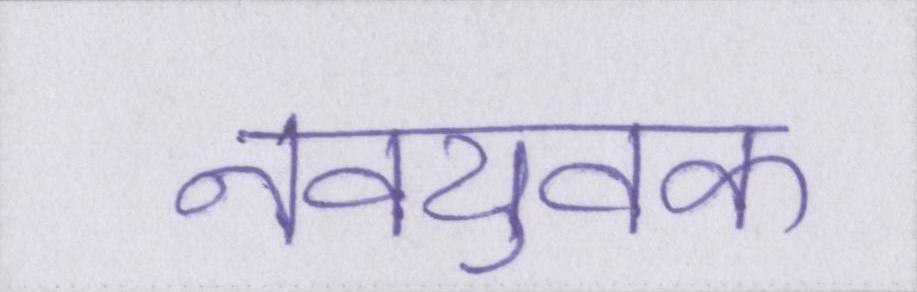
नवयुवक